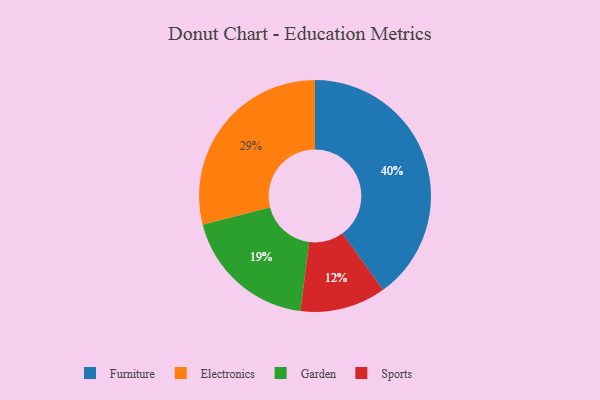
{"axis": {"x": "Category", "y": "Percentage"}, "legend": ["Electronics", "Furniture", "Garden", "Sports"], "data": [{"x": "Garden", "y": 19, "type": "Garden"}, {"x": "Electronics", "y": 29, "type": "Electronics"}, {"x": "Sports", "y": 12, "type": "Sports"}, {"x": "Furniture", "y": 40, "type": "Furniture"}]}